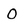
Character: O